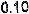
0.10